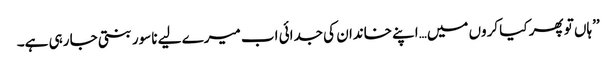
’’ہاں تو پھر کیا کروں میں…اپنے خاندان کی جدائی اب میرے لیے ناسور بنتی جا رہی ہے۔